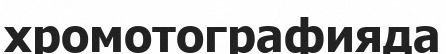
хромотографияда